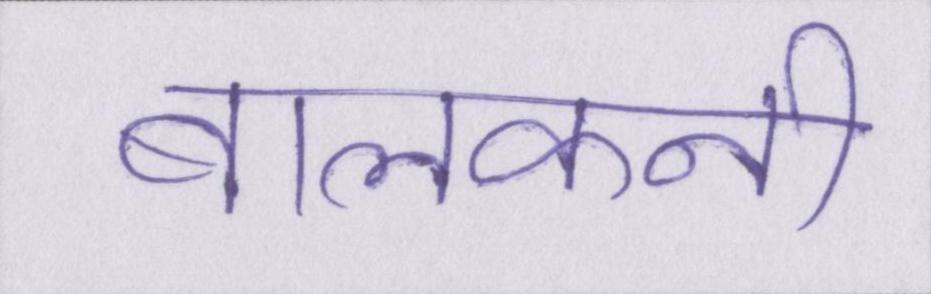
बालकनी